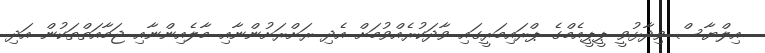
އިލްޔާސް ވިދާޅުވީ ޕީޕީއެމްގެ ޕްރައިމަރީގައި ވާދަކުރެއްވުމަށް އެދި ރަށްރަށުންނާއި މާލެއިންނާއި ޖަމާއަތްތަކުން އަދި